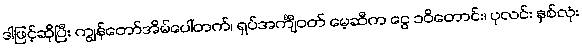
ဒါဖြင့်ဆိုပြီး ကျွန်တော်အိမ်ပေါ်တက်၊ ရှပ်အင်္ကျီဝတ် မေ့ဆီက ငွေ ၁၀ိတောင်း၊ ပုလင်း နှစ်လုံး